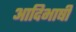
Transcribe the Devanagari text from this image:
आदिभाषी